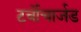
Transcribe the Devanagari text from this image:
टर्बोचार्जड